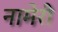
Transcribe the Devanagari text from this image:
नामेरी